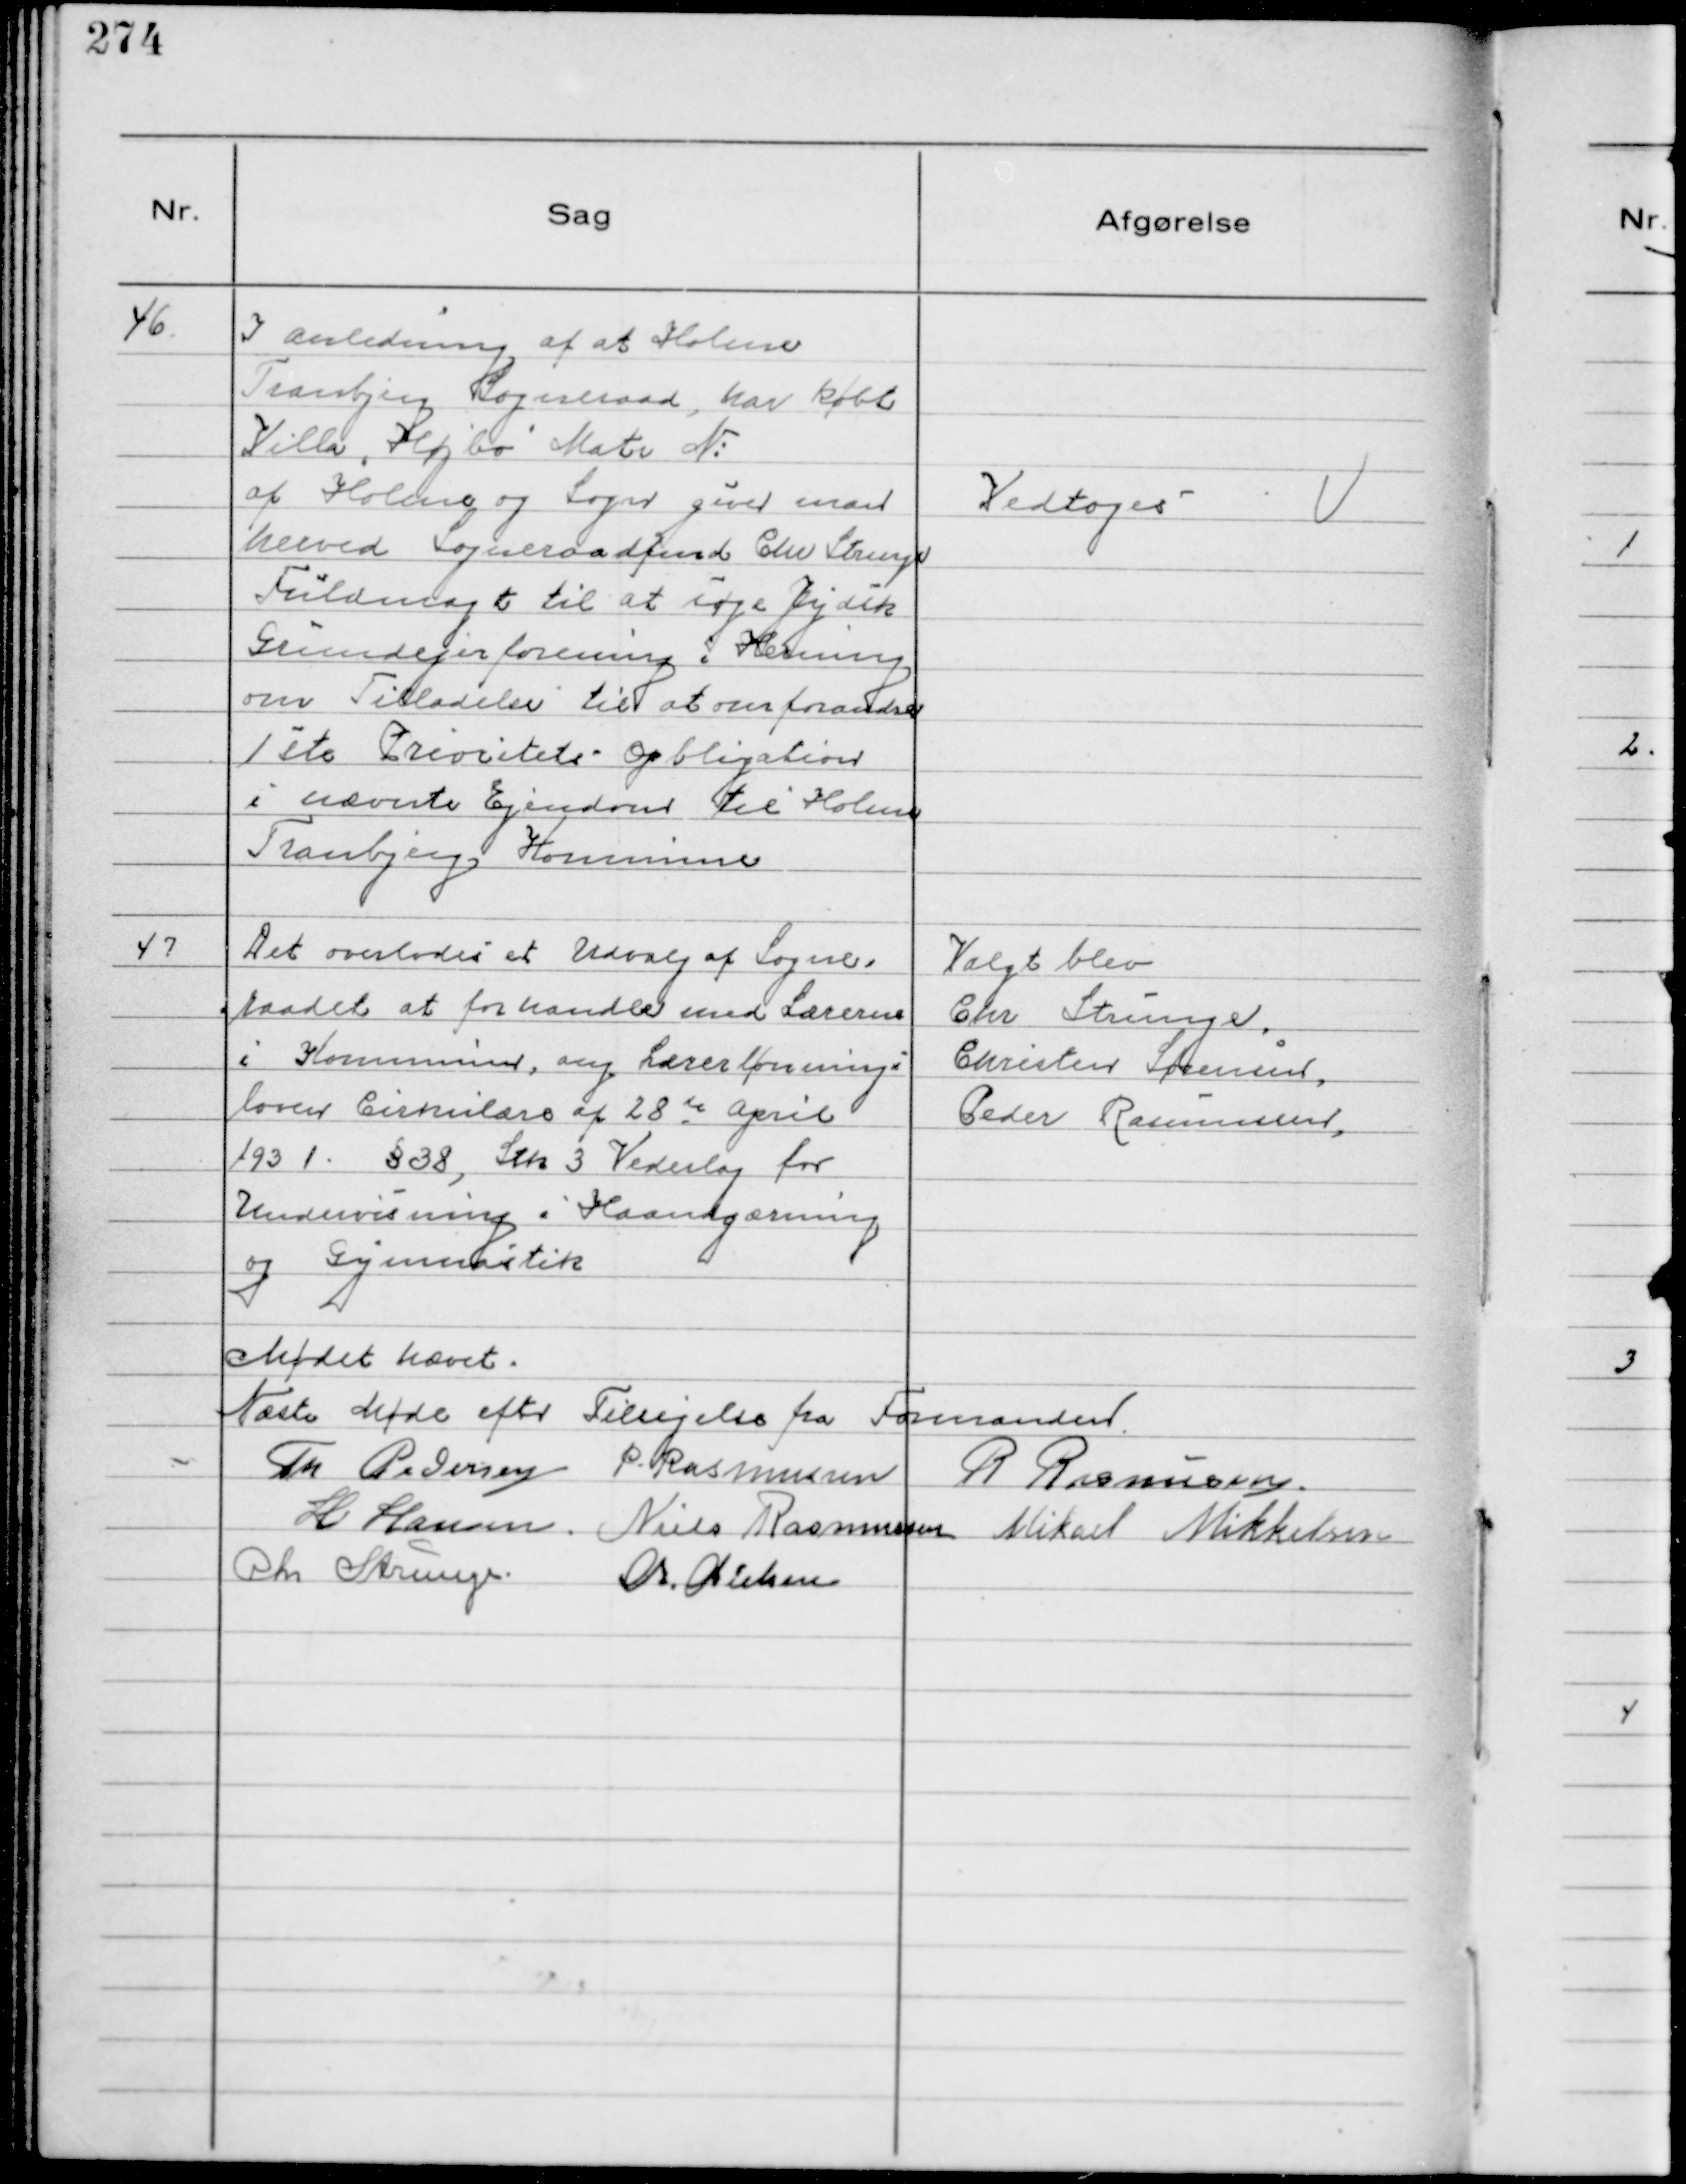
Transskription:
46.
I anledning af at Holme
Tranbjerg Sogneraad, har købt
Villa "Højbo" Matr №
af Holme og Sogn giver man
herved Sogneraadfmd Chr Strunge
Fuldmagt til at søge Jydsk
Grundejerforening i Herning
om Tilladelse til at omforandre
1ste Prioritets Obligation
i nævnte Ejendom til Holme
Tranbjerg Kommune

Vedtoges

47
Det overlodes et Udvalg af Sogne-
raadet at forhandle med Lærerne
i Kommunen, ang Lærerlønnings
loven Cirkulære af 28de April
1931 § 38, Stk 3 Vederlag for
Undervisning i Haandgærning
og Gymnastik

Valgt blev
Chr Strunge
Christen Sørensen
Peder Rasmussen

Mødet hævet.
Næste Møde efter Tilsigelse fra Formanden
Th Pedersen P. Rasmussen R Rasmussen.
H Hansen. Niels Rasmussen Mikael Mikkelsen
Chr Strunge.
Chr. Nielsen